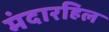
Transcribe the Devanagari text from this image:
मंदारहिल